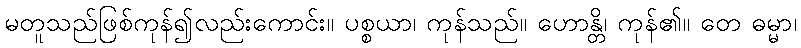
မတူသည်ဖြစ်ကုန်၍လည်းကောင်း။ ပစ္စယာ၊ ကုန်သည်။ ဟောန္တိ၊ ကုန်၏။ တေ ဓမ္မာ၊